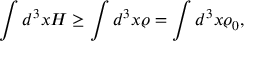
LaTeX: \int d ^ { 3 } x { \cal H } \ge \int d ^ { 3 } x \varrho = \int d ^ { 3 } x \varrho _ { 0 } ,